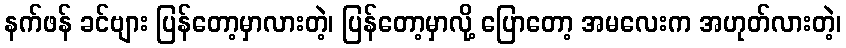
နက်ဖန် ခင်ဗျား ပြန်တော့မှာလားတဲ့၊ ပြန်တော့မှာလို့ ပြောတော့ အမလေးက အဟုတ်လားတဲ့၊